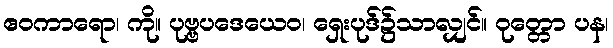
ဧဝကာရော၊ ကို။ ပုဗ္ဗပဒေယေဝ၊ ရှေးပုဒ်၌သာလျှင်။ ဝုတ္တော ပန၊